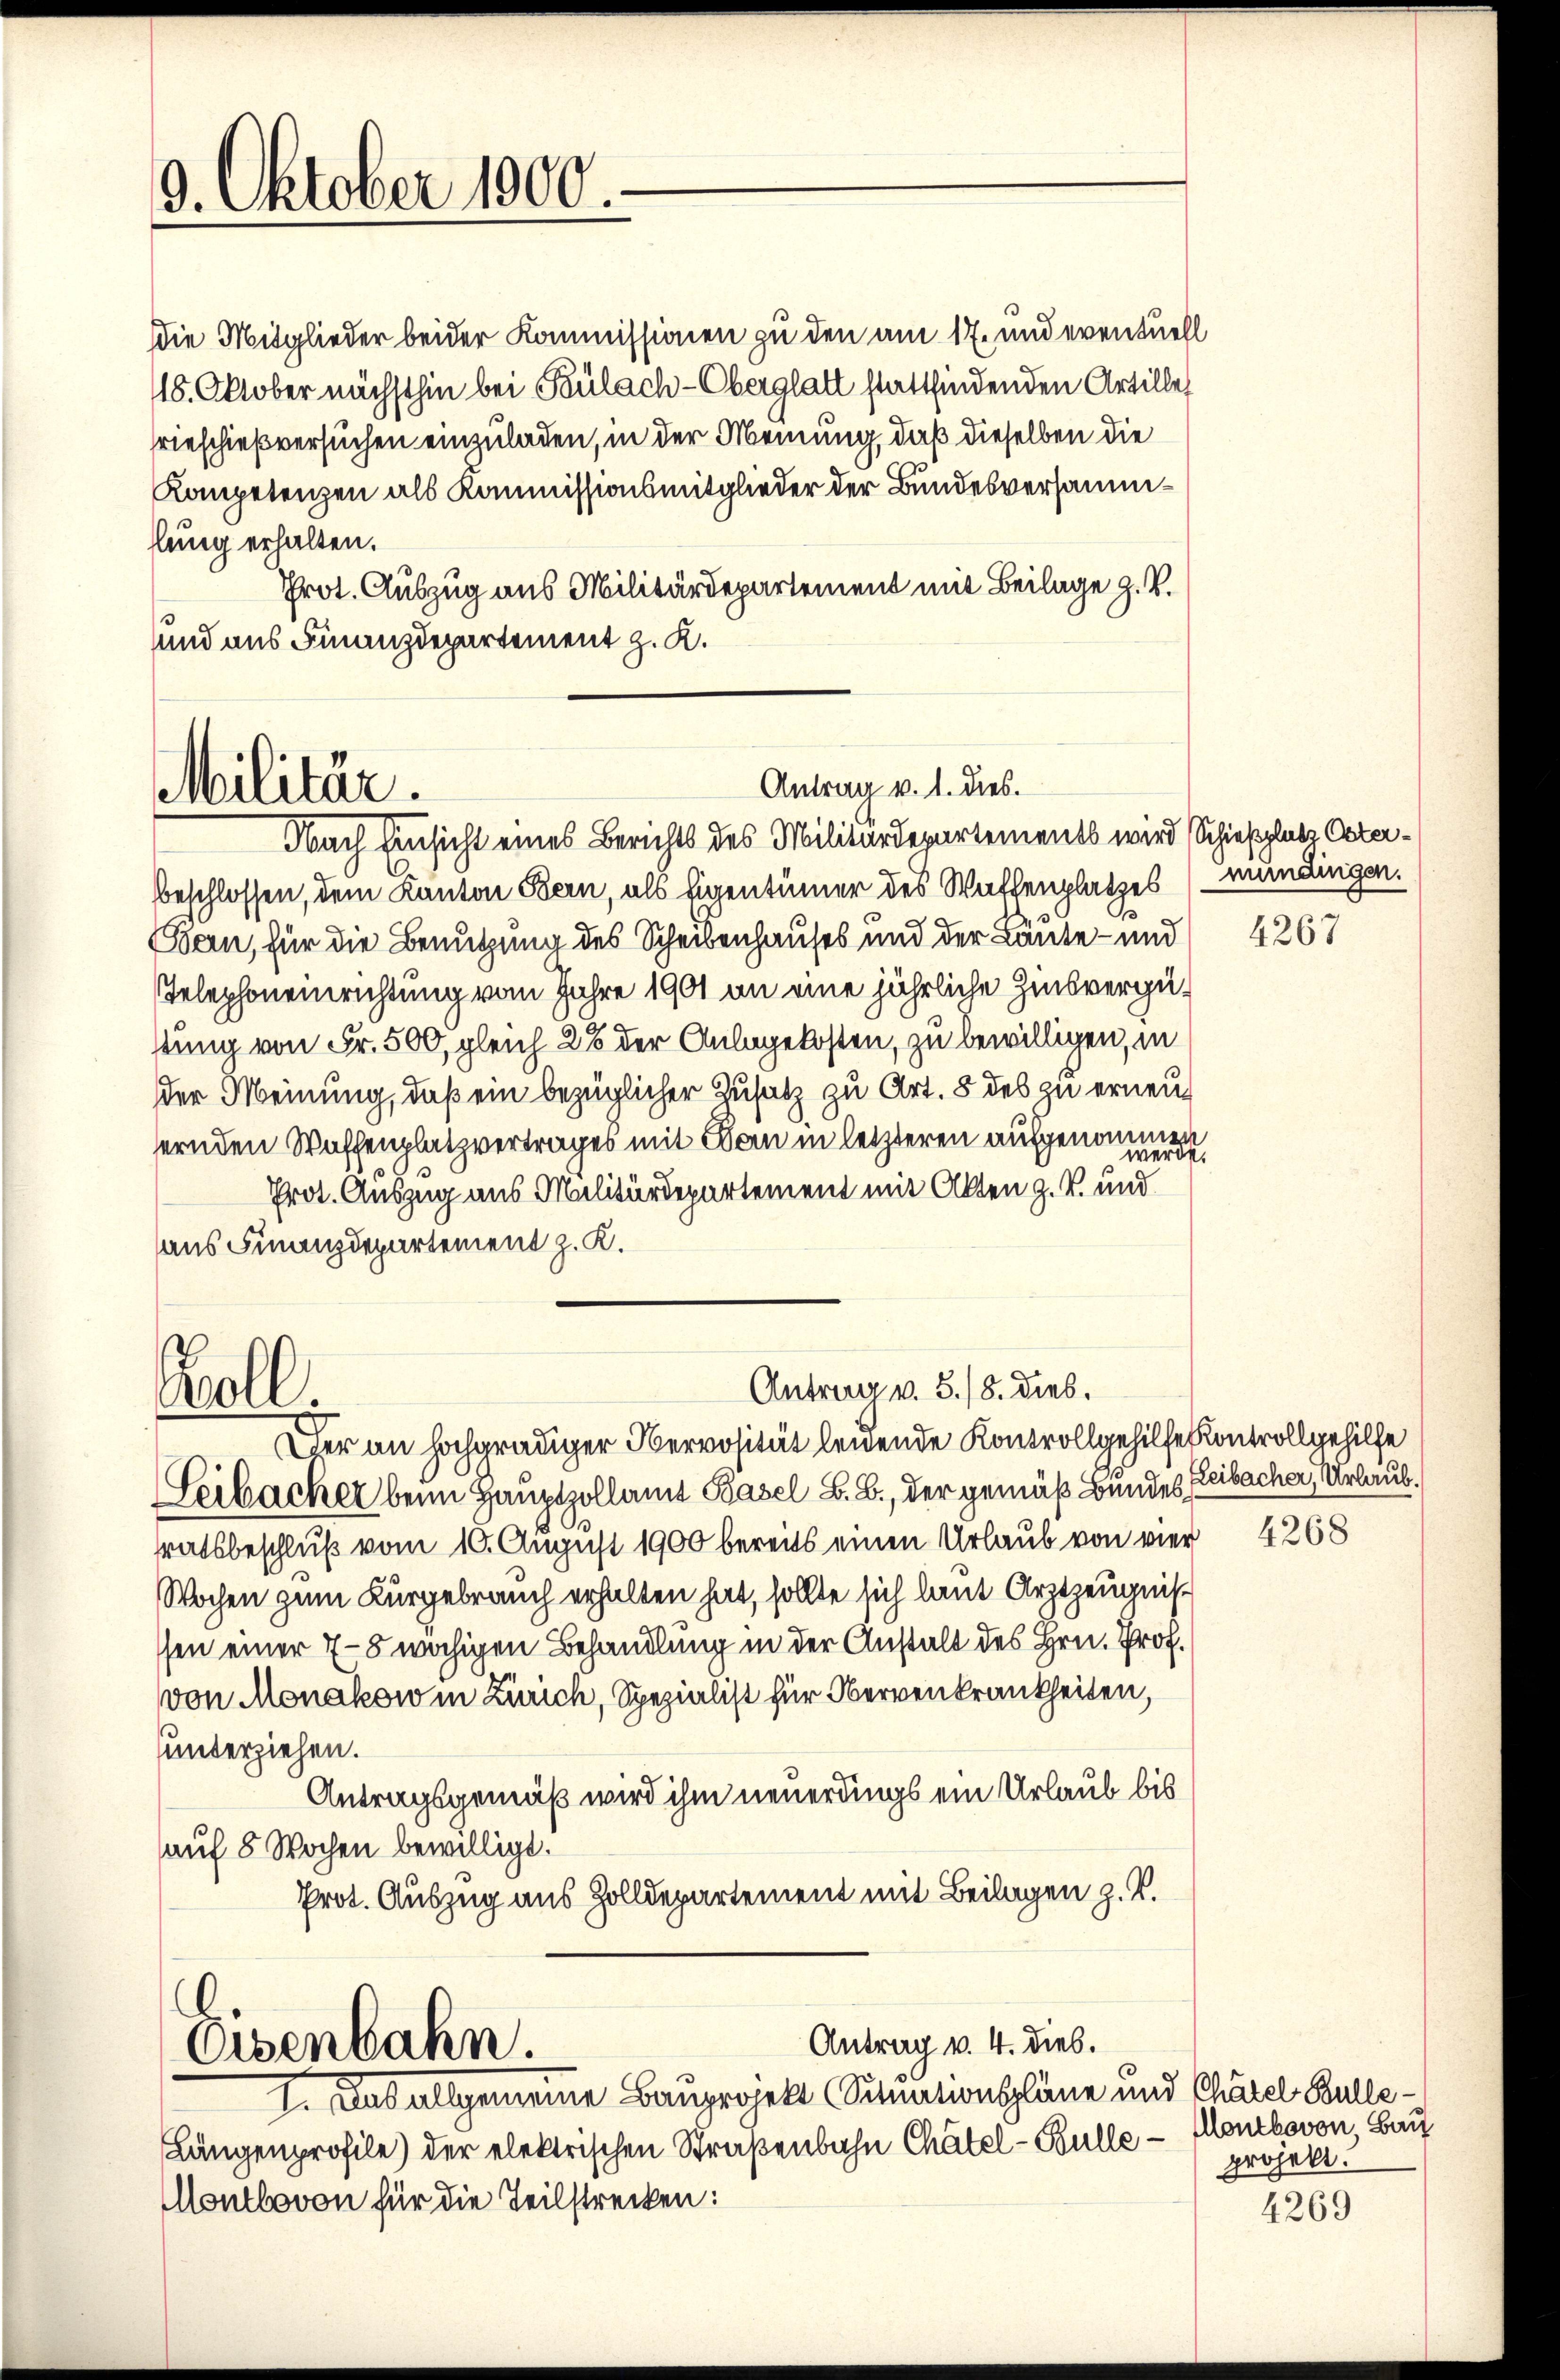
9. Oktober 1900

Die Mitglieder beider Kommissionen zu den am 17. und eventuell
18. Oktober nächsthin bei Bülach-Oberglatt stattfindenden Artille
rieschießversuchen einzuladen, in der Meinung, daß dieselben die
Kompetenzen als Kommissionsmitglieder der Bundesversammllung erhalten.
Prot. Auszug aus Militärdepartement mit Beilage z. B.
und aus Finanzdepartement z. K.

Antrag v. 1. dies.
Militär.
Nach Einsicht eines Berichts des Militärdepartements wird Schießplatz Oster¬

beschlossen, dem Kanton Bern, als Eigentümer des Waffenplatzes (midingen.
Bern, für die Benutzung des Scheibenhauses und der Läute- und
Telephoneinrichtung vom Jahre 1901 an eine jährliche Zinsvergüttung von Fr. 500, gleich 25 der Anlagekosten, zu bewilligen, in
der Meinung, daß ein bezüglicher Zusatz zu Art. 8 des zu erneusernden Waffenplatzvertrages mit Dann in letzteren ausgenommen
Prot. Auszug aus Malitärdepartement mit Akten z. B. und
aus Finanzdepartement z. K.
oll.
Der an hochgradiger Servosität leidende Kontroll gehilfe Kontroll gehilfe
Seibacher beim Hauptzollamt Basel B. B., der gemäß Bundes Leibacher, Urlaub.
tratsbeschluß vom 10. August 1900 bereits einen Urlaub von vier
Wochen zum Bürgebrauch erhalten hat, sollte sich laut Arztzeugniß
ssen einer 7–8 wöchigen Behandlung in der Anstalt des Hrn. Prof.
von Monakow in Zürich, Spezialist für Nervenkrankheiten,
unterziehen.
Antragsgemäß wird ihm neuerdings ein Urlaub bis
auf 8 Wochen bewilligt.
Prot. Auszug aus Zolldepartement mit Beilagen z. B.

Antrag v. 5./8. dies.

0
Antrag v. 4. Dieb.
Osenbahn.
I. Das allgemeine Bauprojekt (Sitationspläne und Chätel Bulle¬

Längenprofile) der elektrischen Straßenbahn Chätel- Bulle - Montbovon, Bau
Montbovon für die Teilstrecken:

4267

4268

projekt.

4269